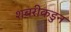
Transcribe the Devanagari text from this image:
शबरीकडुन